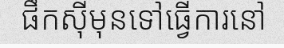
ផឹកស៊ីមុនទៅធ្វើការនៅ